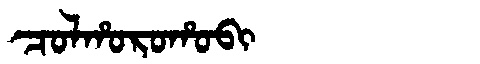
Manchu: ᠴᠣᠯᡥᠣᡵᠣᡥᠣᠪᡳ
Romanization: COLHOROHOBI